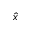
\hat { x }